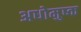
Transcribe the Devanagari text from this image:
अधोमुष्क